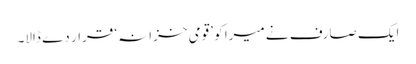
ایک صارف نے میرا کو ’قومی خزانہ‘ قرار دے ڈالا۔